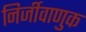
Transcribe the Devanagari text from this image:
निर्जीवाणुक